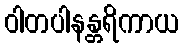
ဝါတပါနန္တရိကာယ